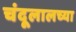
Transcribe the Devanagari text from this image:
चंदूलालच्या